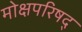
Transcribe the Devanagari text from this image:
मोक्षपरिषद्